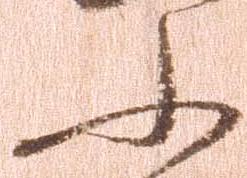
小